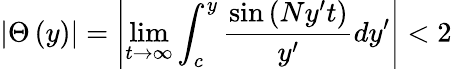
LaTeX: \left|\Theta\left(y\right)\right|=\left|\operatorname*{lim}_{t\rightarrow\infty}\int_{c}^{y}\frac{\sin\left(Ny^{\prime}t\right)}{y^{\prime}}dy^{\prime}\right|<2